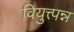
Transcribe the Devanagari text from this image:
वियुत्त्पन्न